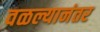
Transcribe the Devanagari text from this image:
वळल्यानंतर